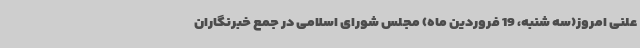
علنی امروز(سه شنبه، 19 فروردین ماه) مجلس شورای اسلامی در جمع خبرنگاران